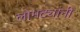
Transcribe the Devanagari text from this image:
लोमट्यांनी